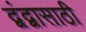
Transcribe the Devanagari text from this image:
द्वंद्वासाठी